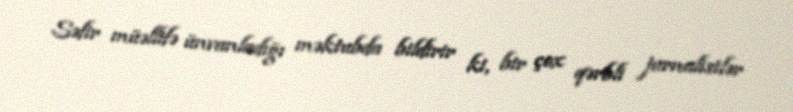
Səfir müəllifə ünvanladığı məktubda bildirir ki, bir çox qərbli jurnalistlər